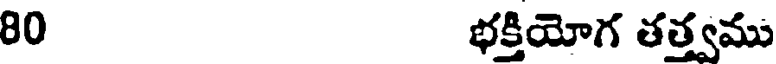
80 భక్తియోగ తత్త్వము